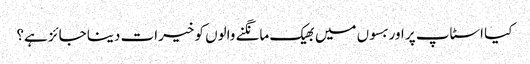
کیا اسٹاپ پر اور بسوں میں بھیک مانگنے والوں کو خیرات دینا جائز ہے؟